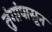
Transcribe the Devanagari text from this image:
तुंगांपासून